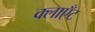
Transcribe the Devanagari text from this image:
क्लाएँट